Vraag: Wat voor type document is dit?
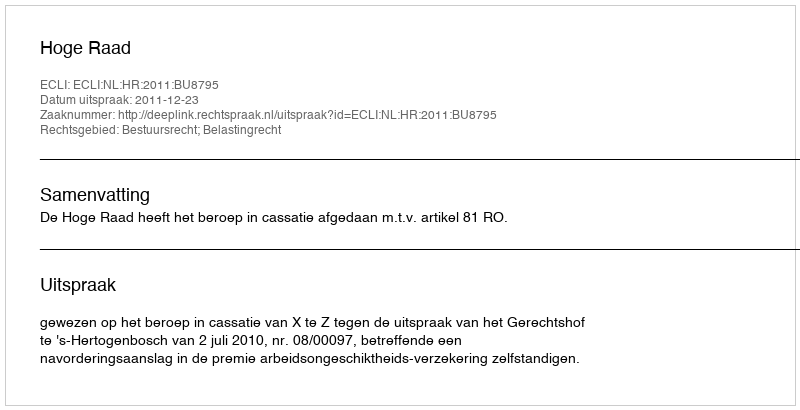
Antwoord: Uitspraak